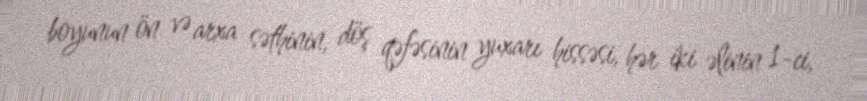
boyunun ön və arxa səthinin, döş qəfəsinin yuxarı hissəsi, hər iki əlinin 1-ci,